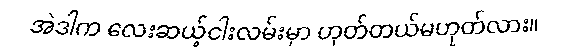
အဲဒါက လေးဆယ့်ငါးလမ်းမှာ ဟုတ်တယ်မဟုတ်လား။